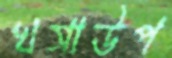
খসাউপ